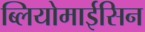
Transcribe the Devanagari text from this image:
ब्लियोमाईसिन